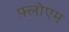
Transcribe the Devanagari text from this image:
फ़्लोएम